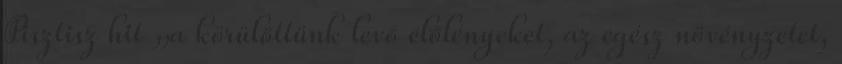
Pisztisz hit „a körülöttünk levő élőlényeket, az egész növényzetet,